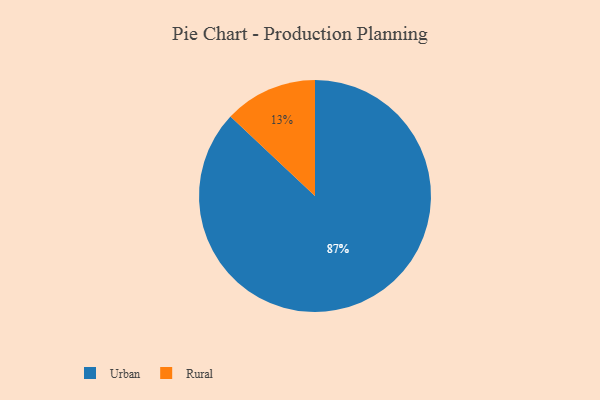
{"axis": {"x": "Category", "y": "Percentage"}, "legend": ["Rural", "Urban"], "data": [{"x": "Urban", "y": 87, "type": "Urban"}, {"x": "Rural", "y": 13, "type": "Rural"}]}